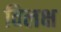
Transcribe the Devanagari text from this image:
विलक्ष